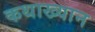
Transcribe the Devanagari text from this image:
कथाख्यान